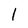
Character: I